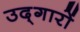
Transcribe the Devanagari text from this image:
उद्‌गारों